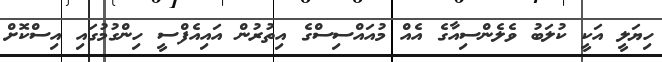
ހިޔަލީ އަކީ ކުލަބު ވެލެންސިއާގެ އެއް މުއައްސިސްގެ އިތުރުން އައިއެފްސީ ހިންގުމުގައި އިސްކޮށް